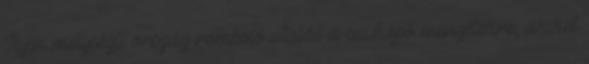
Ilyen mélységű ország romboló utalás a savköpő menyétekre, akiket